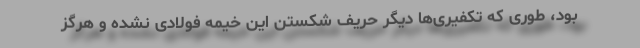
بود، طوری که تکفیری‌ها دیگر حریف شکستن این خیمه فولادی نشده و هرگز